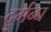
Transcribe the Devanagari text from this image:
दुर्गन्घ